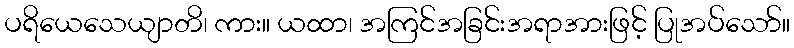
ပရိယေသေယျာတိ၊ ကား။ ယထာ၊ အကြင်အခြင်းအရာအားဖြင့် ပြုအပ်သော်။